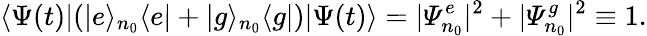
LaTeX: \langle\Psi(t)|(|e\rangle_{n_{0}}\langle e|+|g\rangle_{n_{0}}\langle g|)|\Psi(t)\rangle=|\varPsi_{n_{0}}^{e}|^{2}+|\varPsi_{n_{0}}^{g}|^{2}\equiv 1.